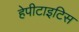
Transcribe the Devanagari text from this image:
हेपीटाइटिस